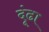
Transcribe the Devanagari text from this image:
दूंढा